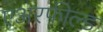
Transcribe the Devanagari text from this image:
एअरफील्ड